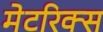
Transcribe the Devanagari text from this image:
मेटरिक्स